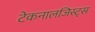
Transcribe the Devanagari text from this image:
टेकनालजिस्ट्‌स